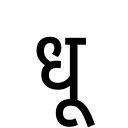
OCR:
धू